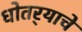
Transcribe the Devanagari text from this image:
धोतर्‍याचे